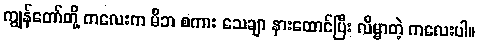
ကျွန်တော်တို့ ကလေးက မိဘ စကား သေချာ နားထောင်ပြီး လိမ္မာတဲ့ ကလေးပါ။